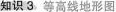
知识3 等高线地形图